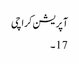
آپریشن کراچی
17۔